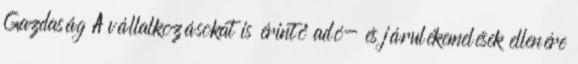
Gazdaság A vállalkozásokat is érintő adó- és járulékemelések ellenére